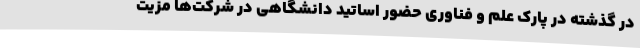
در گذشته در پارک علم و فناوری حضور اساتید دانشگاهی در شرکت‌ها مزیت